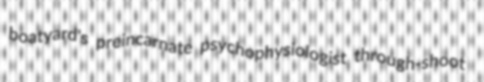
boatyard's preincarnate psychophysiologist through-shoot